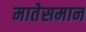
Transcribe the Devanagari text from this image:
मातेसमान